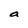
Character: a